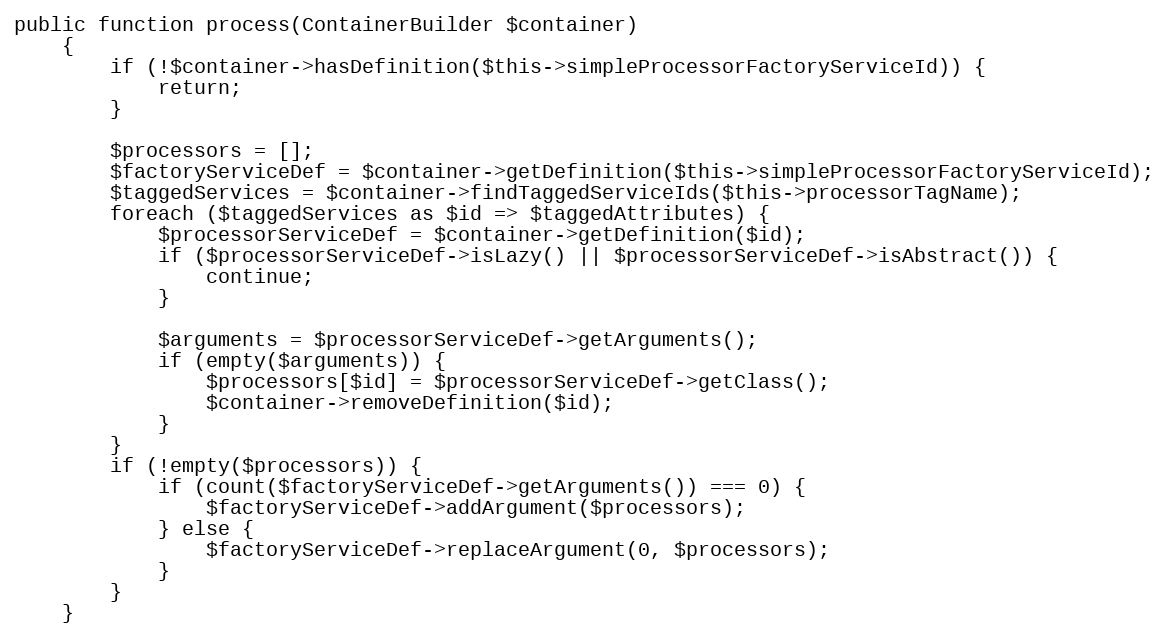
Language: PHP
public function process(ContainerBuilder $container)
    {
        if (!$container->hasDefinition($this->simpleProcessorFactoryServiceId)) {
            return;
        }

        $processors = [];
        $factoryServiceDef = $container->getDefinition($this->simpleProcessorFactoryServiceId);
        $taggedServices = $container->findTaggedServiceIds($this->processorTagName);
        foreach ($taggedServices as $id => $taggedAttributes) {
            $processorServiceDef = $container->getDefinition($id);
            if ($processorServiceDef->isLazy() || $processorServiceDef->isAbstract()) {
                continue;
            }

            $arguments = $processorServiceDef->getArguments();
            if (empty($arguments)) {
                $processors[$id] = $processorServiceDef->getClass();
                $container->removeDefinition($id);
            }
        }
        if (!empty($processors)) {
            if (count($factoryServiceDef->getArguments()) === 0) {
                $factoryServiceDef->addArgument($processors);
            } else {
                $factoryServiceDef->replaceArgument(0, $processors);
            }
        }
    }